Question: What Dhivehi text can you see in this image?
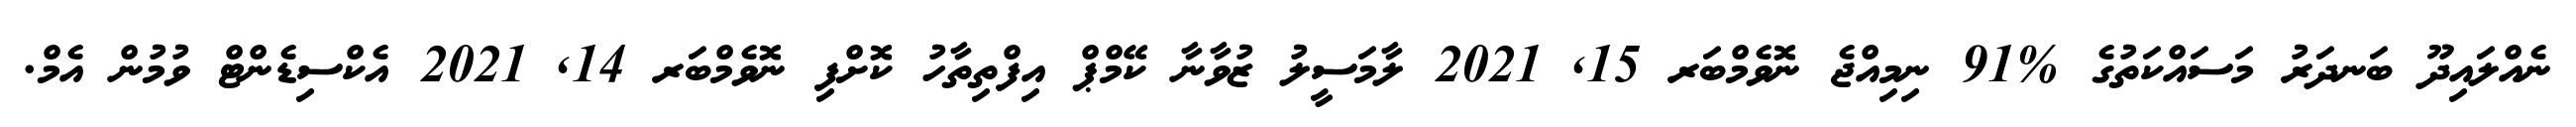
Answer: ނެއްލައިދޫ ބަނދަރު މަސައްކަތުގެ %91 ނިމިއްޖެ ނޮވެމްބަރ 15, 2021 ލާމަސީލު ޒުވާނާ ކޭމްޕް އިފްތިތާހު ކޮށްފި ނޮވެމްބަރ 14, 2021 އެކްސިޑެންޓް ވުމުން އެމް.